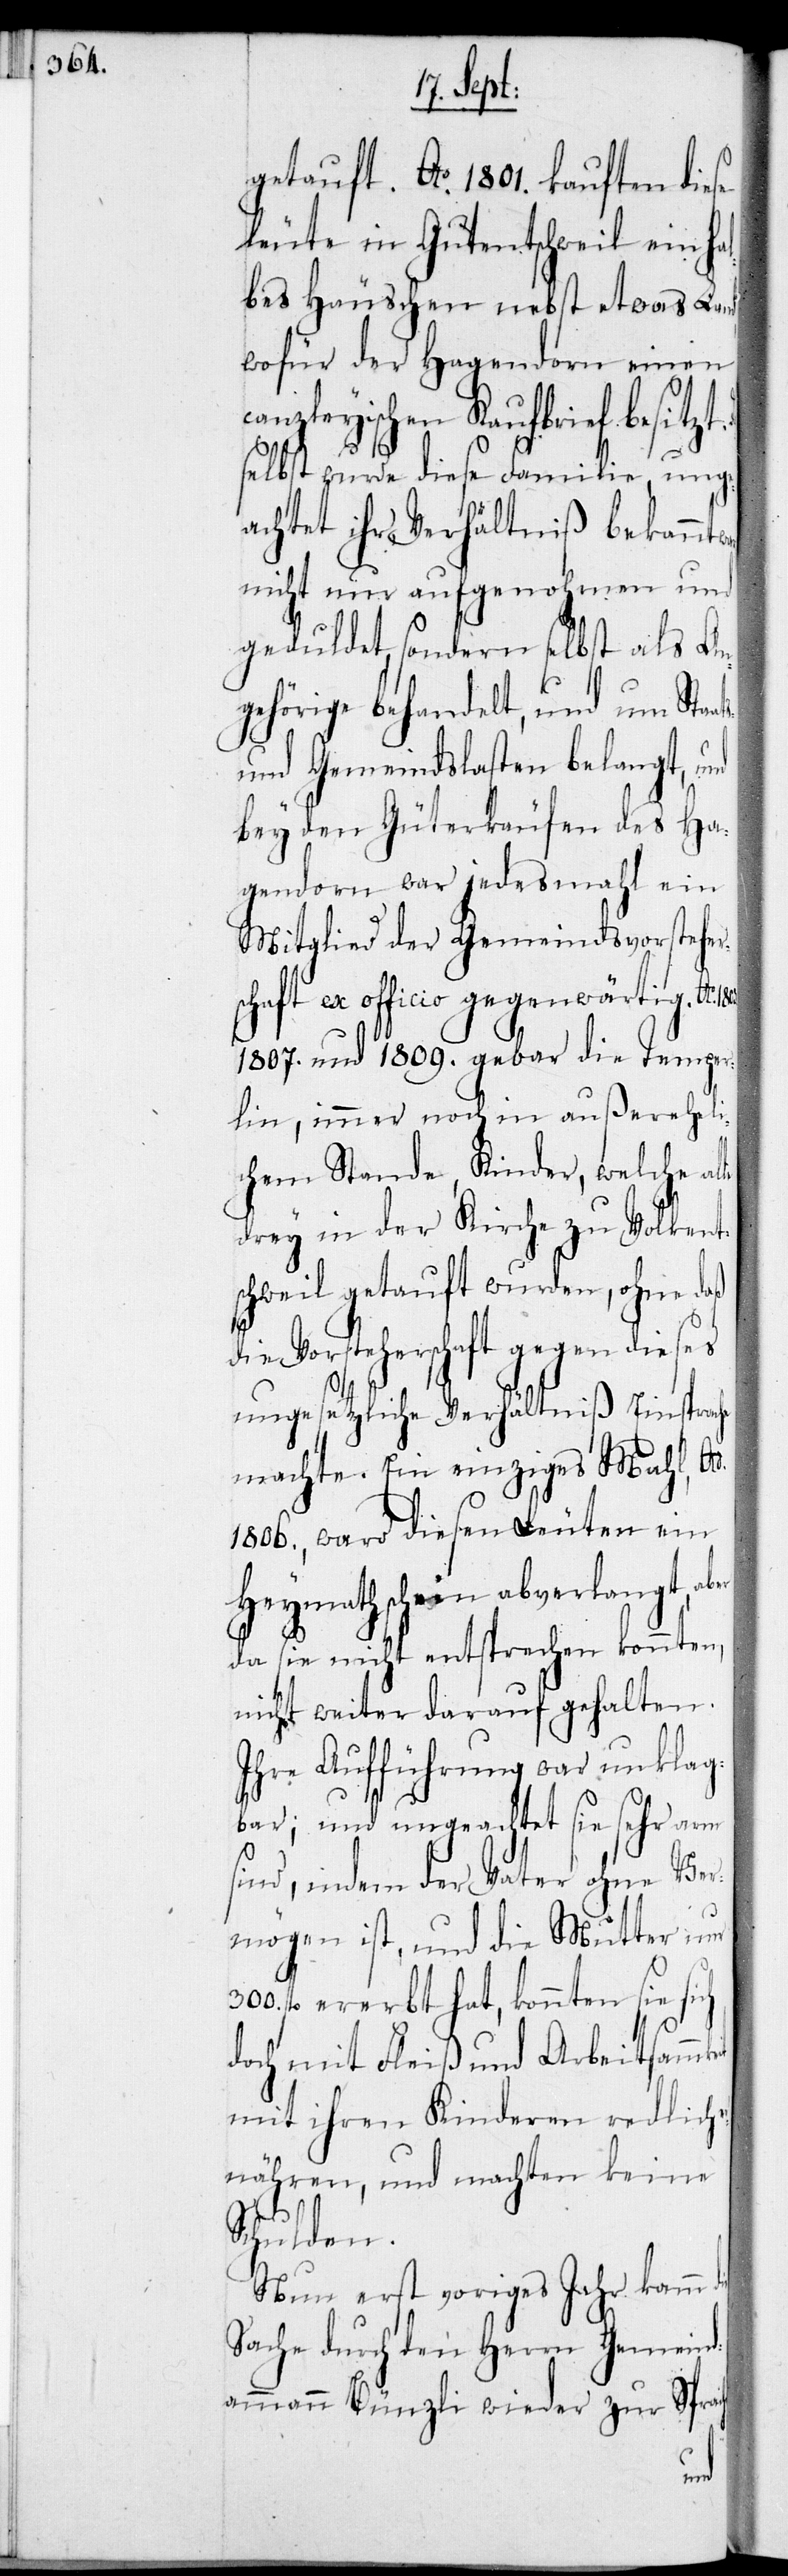
getauft. Ao 1801. kauften diese
Leute in Gutentschweil ein hal¬
bes Häuschen nebst etwas Land,
wofür der Hagendorn einen
Canzleyischen Kaufbrief besitzt.
selbst wurde diese Familie, unge¬
achtet ihr Verhältniß bekannt
nicht nur aufgenohmen und
geduldet, sondern selbst als An¬
gehörige behandelt, und um Sta¬
und Gemeindslasten belangt, und
bey den Güterkäufen des Ha¬
gendorn war jedesmahl ein
Mitglied der Gemeindsvorstehe¬
chaft ex officio gegenwärtig. Ao
1807. und 1809. gebar die Temper¬
lin, immer noch in außereheli¬
chem Stande, Kinder, welche al¬
drey in der Kirche zu Volken¬
schweil getauft wurden, ohne daß
die Vorsteherschaft gegen dieses
ungesetzliche Verhältniß Einsprac¬
machte. Ein einziges Mahl, Ao
1806., ward diesen Leuten ein
Heymathschein abverlangt, a¬
da sie nicht entsprechen konnten,
nicht weiter darauf gehalten.
Ihre Aufführung war unklag¬
bar; und ungeachtet sie sehr arm
sind, indem der Vater ohne Ver¬
mögen ist, und die Mutter nur
fl. ererbt hat, konnten sie sich
doch mit Fleiß und Arbeitsammke¬
mit ihren Kinderen redlich
nähren, und machten keine
Schulden.
Nun erst voriges Jahr kamm
Sache durch den Herrn Gemeind¬
ammann Bünzli wieder zur Spra¬
che